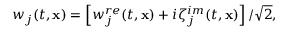
w _ { j } ( t , \mathbf { x } ) = \left[ w _ { j } ^ { r e } ( t , \mathbf { x } ) + i \zeta _ { j } ^ { i m } ( t , \mathbf { x } ) \right] / \sqrt { 2 } ,